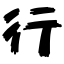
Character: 行